Civil Veterinary Department. United Provinces 1932-42 - 1932-1942
Year: 1932
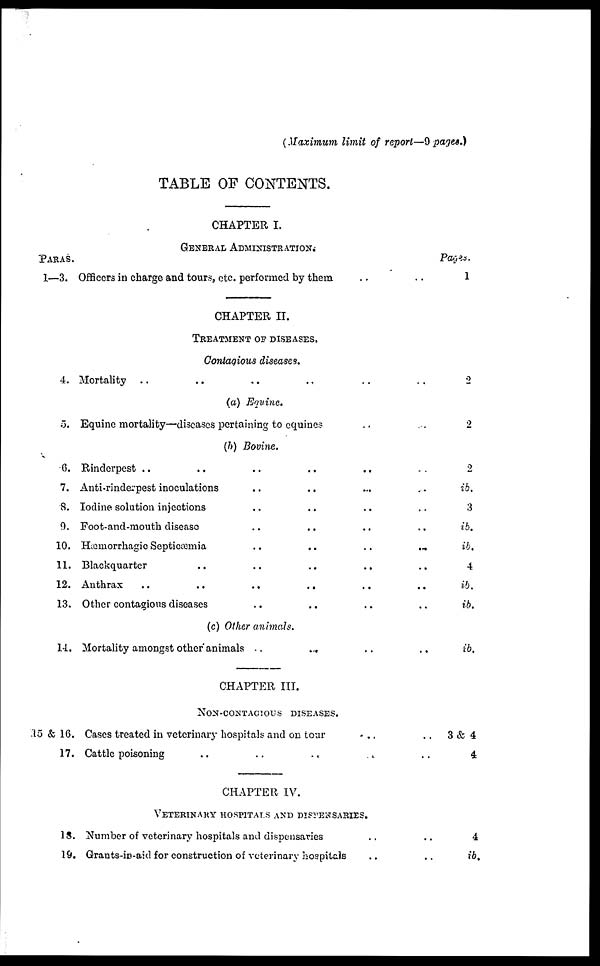
(Maximum limit of report—9 pages.)
TABLE OF CONTENTS.
CHAPTER I.
GENERAL ADMINISTRATION.
PARAS.
1—3.
4.
5.
6.
7.
8.
9.
10.
11.
12.
13.
14.
15 & 16.
17.
18.
19.
Officers in charge and tours, etc. performed by them ..
CHAPTER II.
TREATMENT OF DISEASES.
Contagious diseases.
Mortality .. .. .. ..
(a) Equine.
Equine mortality—diseases pertaining to equines ..
(b) Bovine.
Rinderpest .. .. ..
Anti-rinderpest inoculations .. .. ..
Iodine solution injections .. .. ..
Foot-and-mouth disease .. .. ..
Hæmorrhagic Septicæmia .. .. ..
Blackquarter .. .. .. ..
Anthrax
..
..
..
..
Other contagious diseases .. .. ..
(c) Other animals.
Mortality amongst other animals .. .. ..
CHAPTER III.
NON-CONTAGIOUS DISEASES.
Cases treated in veterinary hospitals and on tour ..
Cattle poisoning .. .. .. ..
CHAPTER. IV.
VETERINARY HOSPITATS AND DISPENSARIES.
Number of veterinary hospitals and dispensaries ..
Grants-in-aid for construction of veterinary hospitals ..
Pages.
.. 1
.. 2
.. 2
.. 2
.. ib.
.. 3
.. ib.
...
ib.
.. 4
.. ib.
.. ib.
.. ib.
.. 3 & 4
.. 4
.. 4
.. ib.